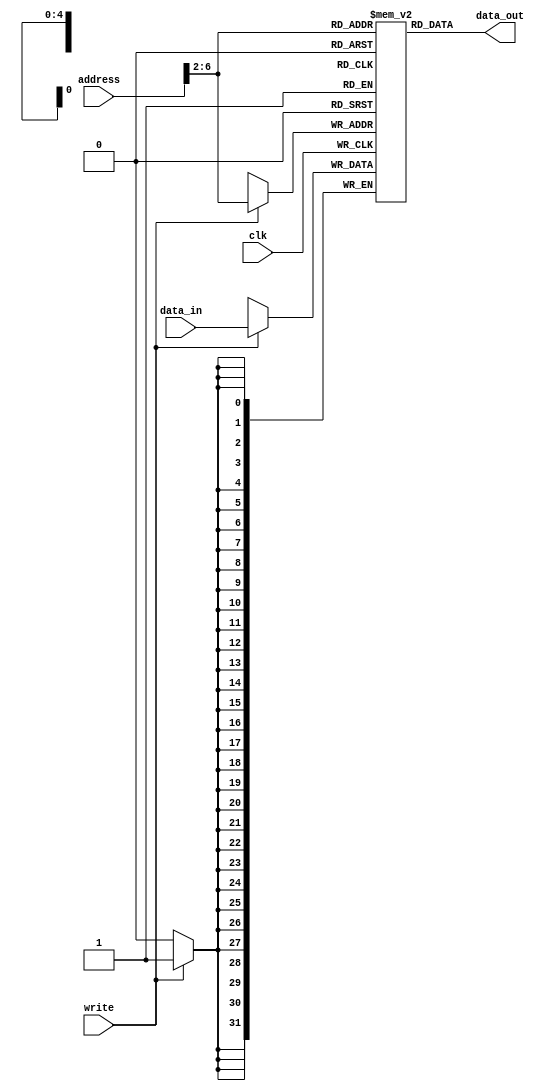
module InstrMem(
    data_out,
    data_in,
    address,
    write,
	 clk
    );
	 
   parameter data_size = 32;
	parameter address_size = 5;
	
	
	parameter memory_depth = 2**address_size; // do not specify this when using module
	
	output [data_size-1:0] data_out;
	input [data_size-1:0] data_in;
	input [31:0] address;
	input write;
	input clk; 
	
	
	reg [data_size-1:0] mem [0:memory_depth-1];
	reg [data_size-1:0] data;

	assign data_out = mem [address[1+address_size:2]];

	always @(posedge clk) begin

		case (write)
			1:  mem [address[1+address_size:2]] <= data_in;
		endcase

	end 
	 


endmodule